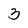
Character: 3